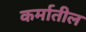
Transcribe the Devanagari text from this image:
कर्मातील